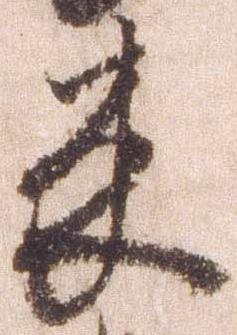
来